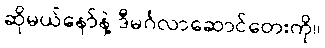
ဆိုမယ်နော်နဲ့ ဒီမင်္ဂလာဆောင်တေးကို။